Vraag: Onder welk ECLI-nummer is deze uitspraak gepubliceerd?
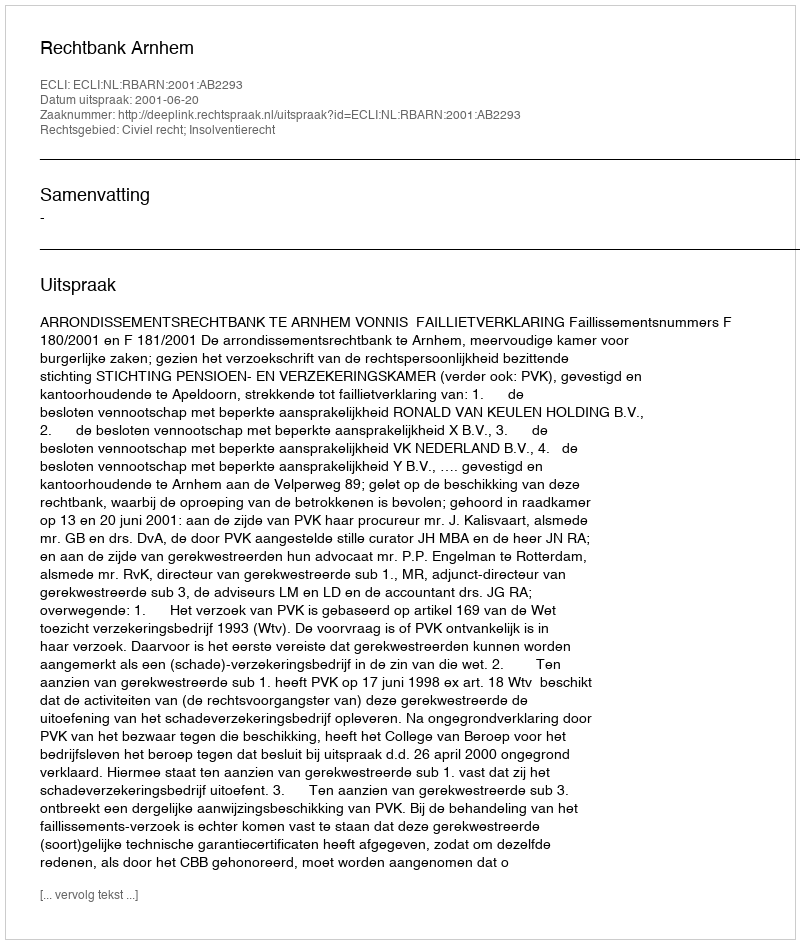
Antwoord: ECLI:NL:RBARN:2001:AB2293